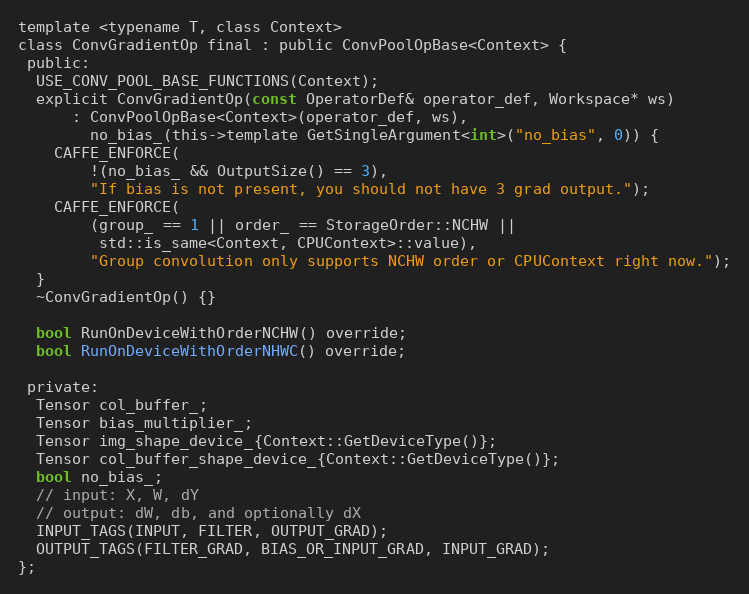
Language: C
template <typename T, class Context>
class ConvGradientOp final : public ConvPoolOpBase<Context> {
 public:
  USE_CONV_POOL_BASE_FUNCTIONS(Context);
  explicit ConvGradientOp(const OperatorDef& operator_def, Workspace* ws)
      : ConvPoolOpBase<Context>(operator_def, ws),
        no_bias_(this->template GetSingleArgument<int>("no_bias", 0)) {
    CAFFE_ENFORCE(
        !(no_bias_ && OutputSize() == 3),
        "If bias is not present, you should not have 3 grad output.");
    CAFFE_ENFORCE(
        (group_ == 1 || order_ == StorageOrder::NCHW ||
         std::is_same<Context, CPUContext>::value),
        "Group convolution only supports NCHW order or CPUContext right now.");
  }
  ~ConvGradientOp() {}

  bool RunOnDeviceWithOrderNCHW() override;
  bool RunOnDeviceWithOrderNHWC() override;

 private:
  Tensor col_buffer_;
  Tensor bias_multiplier_;
  Tensor img_shape_device_{Context::GetDeviceType()};
  Tensor col_buffer_shape_device_{Context::GetDeviceType()};
  bool no_bias_;
  // input: X, W, dY
  // output: dW, db, and optionally dX
  INPUT_TAGS(INPUT, FILTER, OUTPUT_GRAD);
  OUTPUT_TAGS(FILTER_GRAD, BIAS_OR_INPUT_GRAD, INPUT_GRAD);
};